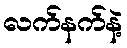
လက်နက်နဲ့